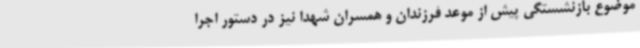
موضوع بازنشستگی پیش از موعد فرزندان و همسران شهدا نیز در دستور اجرا